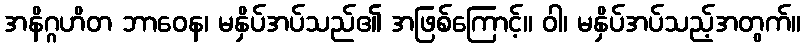
အနိဂ္ဂဟိတ ဘာဝေန၊ မနှိပ်အပ်သည်၏ အဖြစ်ကြောင့်။ ဝါ၊ မနှိပ်အပ်သည့်အတွက်။